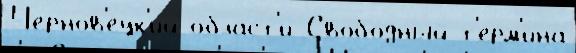
Чернов'ецк'ий о́бласт'и Свобо́дный т'ерм'ина